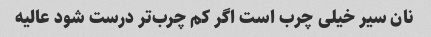
نان سیر خیلى چرب است اگر کم چرب‌تر درست شود عالیه